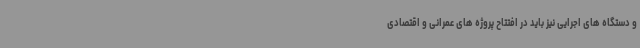
و دستگاه های اجرایی نیز باید در افتتاح پروژه های عمرانی و اقتصادی